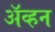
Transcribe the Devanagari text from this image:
अॅव्हन